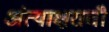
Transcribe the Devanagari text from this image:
अंत्याक्षराची